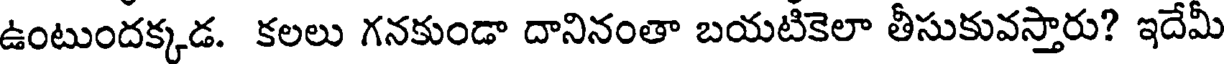
ఉంటుందక్కడ. కలలు గనకుండా దానినంతా బయటికెలా తీసుకువస్తారు? ఇదేమీ